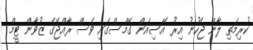
ކުރިމަތި ލާން ޖެހުނު އިރު އޭސިއަން ގޭމްސްގައި ވެސް ރާއްޖޭގެ ޒުވާން ޓީމް